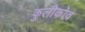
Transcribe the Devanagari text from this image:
कुलीकोव